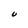
Character: U